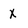
Character: X